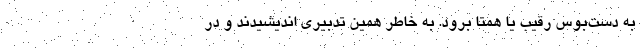
به دست‌بوس رقیب یا همتا برود. به خاطر همین تدبیری اندیشیدند و در